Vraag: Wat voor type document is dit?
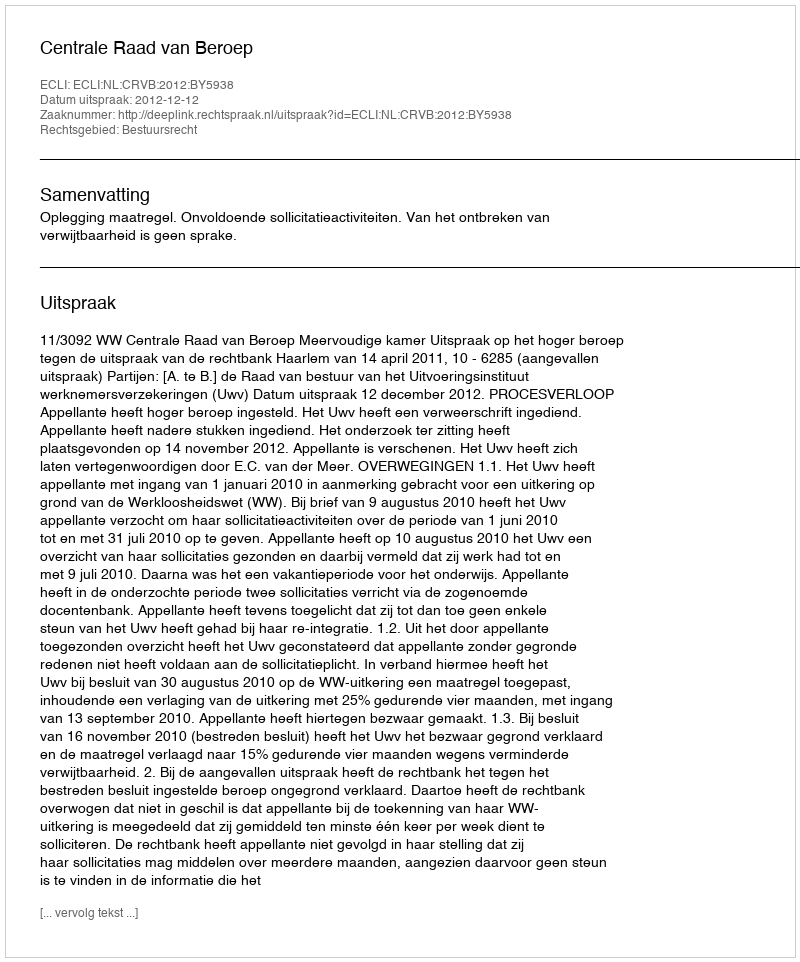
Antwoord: Uitspraak